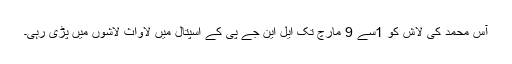
آس محمد کی لاش کو 1سے 9 مارچ تک ایل این جے پی کے اسپتال میں لاواث لاشوں میں پڑی رہی۔